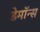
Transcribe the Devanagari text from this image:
डेमॉन्स